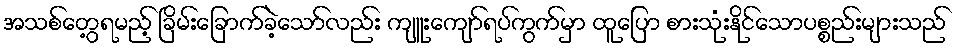
အသစ်တွေ့ရမည့် ခြိမ်းခြောက်ခဲ့သော်လည်း ကျူးကျော်ရပ်ကွက်မှာ ထူပြော စားသုံးနိုင်သောပစ္စည်းများသည်